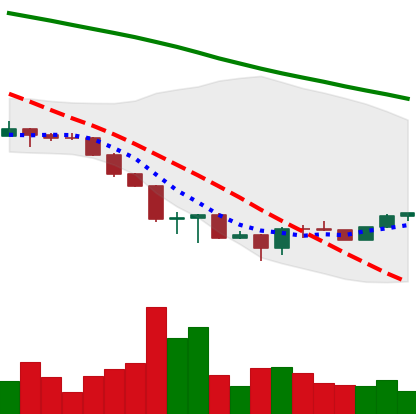
Ticker: ETH-USD
Chart end date: 2022-06-25
Forward return: -14.166%
Label: down_7plus